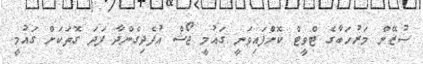
ސުޒޭން މަރުހަބާގެ ޓްވީޓް ކޮށްފައިވަނީ ގައުމީ ޖޯޝް އުފެދިގެންދާ ފަދަ ގޮތަކަށް ގައުމީ